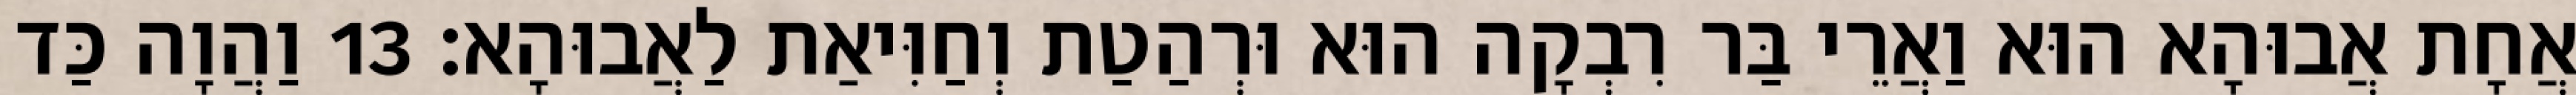
אֲחָת אֲבוּהָא הוּא וַאֲרֵי בַּר רִבְקָה הוּא וּרְהַטַת וְחַוִּיאַת לַאֲבוּהָא׃ 13 וַהֲוָה כַּד